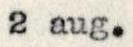
2 aug.